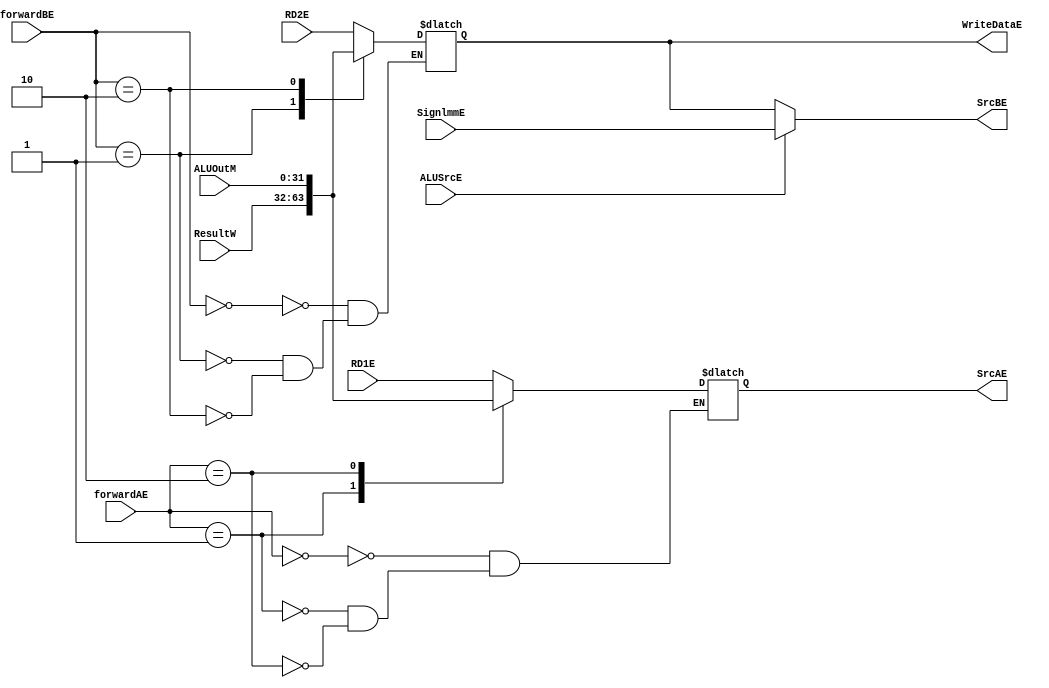
module ALU_Forward(
    input[1:0]forwardAE,forwardBE,
    input ALUSrcE,
    input[31:0] ALUOutM,ResultW,RD1E,RD2E,SignlmmE,

    output reg[31:0] SrcAE,SrcBE,WriteDataE
);
    always@(*) begin
        case(forwardAE)
            2'b00:SrcAE<=RD1E;
            2'b01:SrcAE<=ResultW;
            2'b10:SrcAE<=ALUOutM;
        endcase

        case(forwardBE)
            2'b00:WriteDataE<=RD2E;
            2'b01:WriteDataE<=ResultW;
            2'b10:WriteDataE<=ALUOutM;
        endcase

        if(ALUSrcE)
            SrcBE<=SignlmmE;
        else
            SrcBE<=WriteDataE;
    end

endmodule